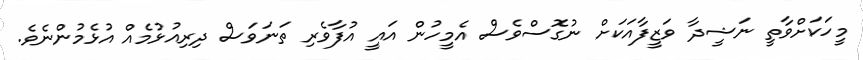
މީހަކަށްވާތީ ނަޝީދާ ވަޒީފާއަކަށް ނުގޮސްވެސް އެމީހުން އައީ އުފާވެރި ތަނަވަސް ދިރިއުޅުމެއް އުޅެމުންނެވެ.